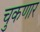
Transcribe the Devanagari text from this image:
चुकणार